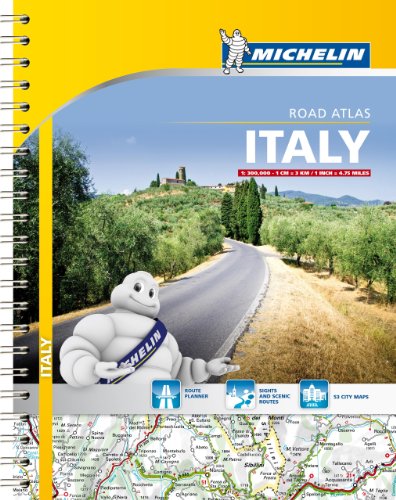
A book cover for Michelin Italy Road Atlas (Atlas (Michelin)); Michelin; Travel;